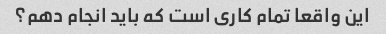
این واقعا تمام کاری است که باید انجام دهم؟